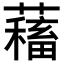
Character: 𧁃